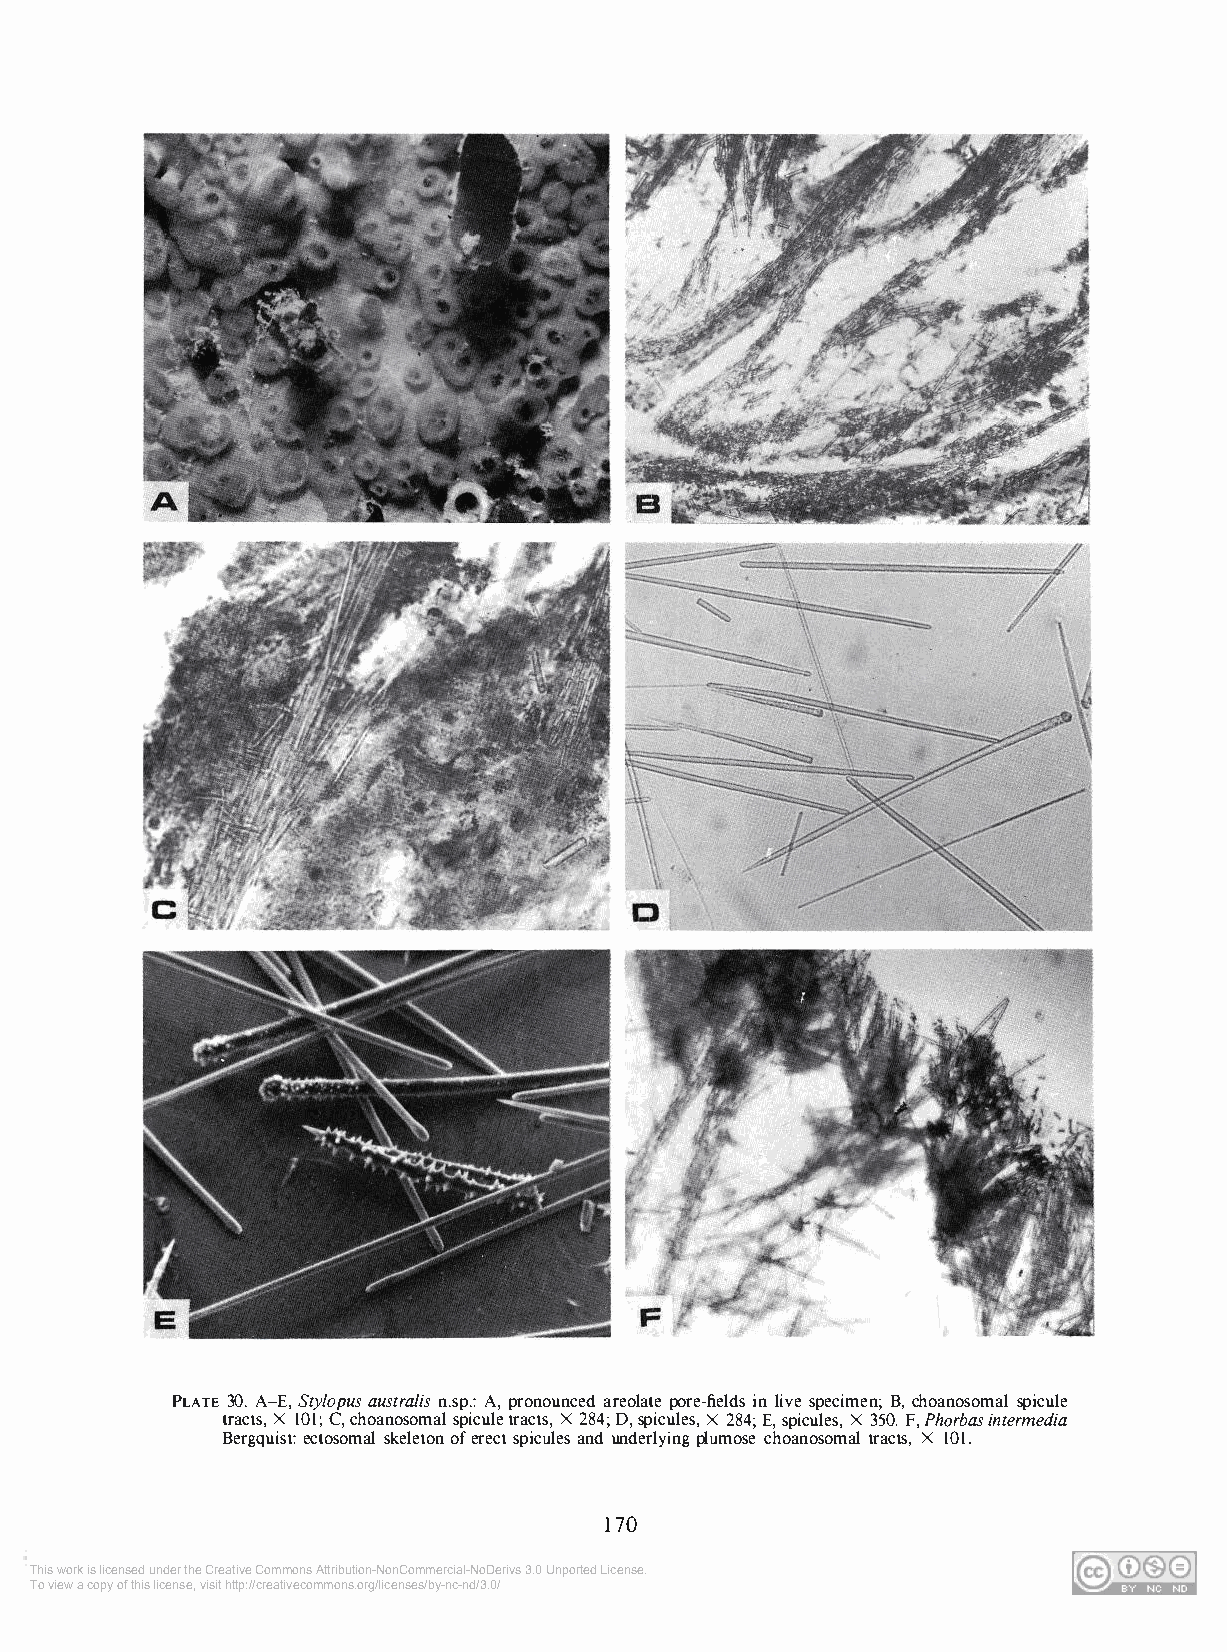
PLATE 30. A-E, Sty/opus australis n.sp.: A, pronounced areolate pore-fields in live specimen; B, choanosomal spicule
 tracts, X IOI; C, choanosomal spicule tracts, X 284; D, spicules, X 284; E, spicules, X 350. F, Phorbas intermedia
 Bergquist: ectosomal skeleton of erect spicules and underlying plumose choanosomal tracts, X IOI.
 170
 This work is licensed under the Creative Commons Attribution-NonCommercial-NoDerivs 3.0 Unported License.
 To view a copy of this license, visit http://creativecommons.org/licenses/by-nc-nd/3.0/